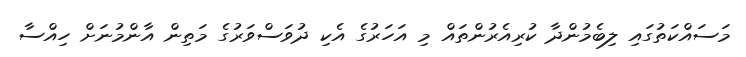
މަސައްކަތުގައި ލިބެމުންދާ ކުރިއެރުންތައް މި އަހަރުގެ އެކި ދުވަސްވަރުގެ މަތިން އާންމުނަށް ހިއްސާ